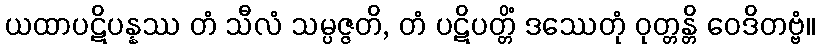
ယထာပဋိပန္နဿ တံ သီလံ သမ္ပဇ္ဇတိ, တံ ပဋိပတ္တိံ ဒဿေတုံ ဝုတ္တန္တိ ဝေဒိတဗ္ဗံ။